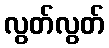
လွတ်လွတ်